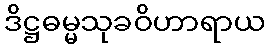
ဒိဋ္ဌဓမ္မသုခဝိဟာရာယ